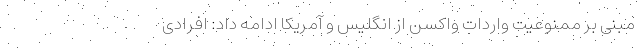
مبنی بر ممنوعیت واردات واکسن از انگلیس و آمریکا ادامه داد: افرادی